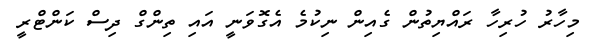
މިހާރު ހުރިހާ ރައްޔިތުން ގެއިން ނިކުމެ އެގޮވަނީ އައި ތިންގް ދިސް ކަންޓްރީ